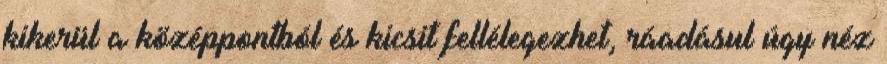
kikerül a középpontból és kicsit fellélegezhet, ráadásul úgy néz